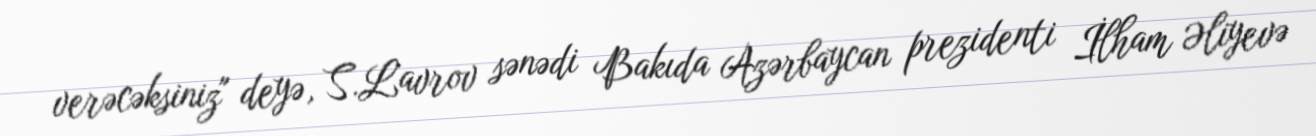
verəcəksiniz" deyə, S.Lavrov sənədi Bakıda Azərbaycan prezidenti İlham Əliyevə